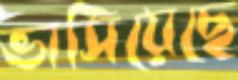
ভাসিয়েছে